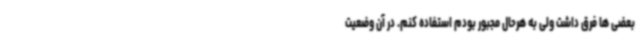
بعضی ها فرق داشت ولی به هرحال مجبور بودم استفاده کنم. در آن وضعیت